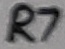
Text: R7